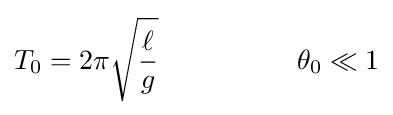
T_{0}=2\pi {\sqrt {\frac {\ell }{g}}}\quad \quad \quad \quad \quad \theta _{0}\ll 1